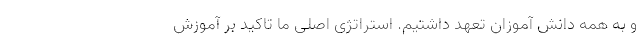
و به همه دانش آموزان تعهد داشتیم. استراتژی اصلی ما تاکید بر آموزش